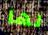
لها